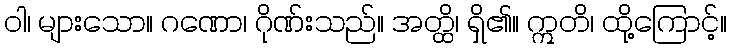
ဝါ၊ များသော။ ဂဏော၊ ဂိုဏ်းသည်။ အတ္ထိ၊ ရှိ၏။ ဣတိ၊ ထို့ကြောင့်။